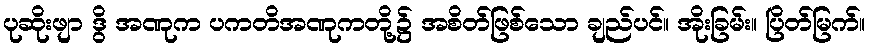
ပုဆိုးဖျာ ဒွိ အဏုက ပကတိအဏုကတို့၌ အစိတ်ဖြစ်သော ချည်ပင်။ အိုးခြမ်း။ ပြိတ်မြက်။